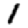
Digit: 1